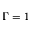
\Gamma = 1